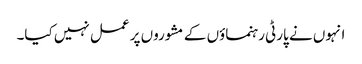
انہوں نے پارٹی رہنماؤں کے مشوروں پر عمل نہیں کیا۔